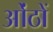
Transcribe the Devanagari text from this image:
ओंठों